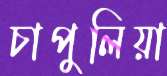
চাপুলিয়া